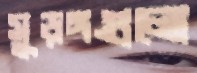
সুড়ঙ্গগুলো